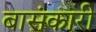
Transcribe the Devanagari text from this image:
बासंकारी